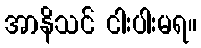
အာနိသင် ငါးပါးမရ။